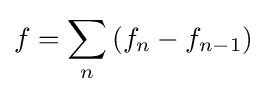
f=\sum _{n}\left(f_{n}-f_{n-1}\right)